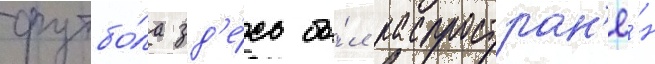
футбо́ла зд'е́сь бы́л распростран'ё́н